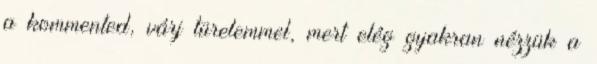
a kommented, várj türelemmel, mert elég gyakran nézzük a